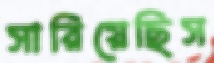
সারিয়েছিস